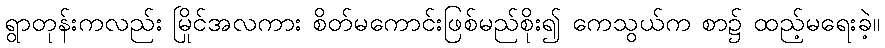
ရွာတုန်းကလည်း မြိုင်အလကား စိတ်မကောင်းဖြစ်မည်စိုး၍ ကေသွယ်က စာ၌ ထည့်မရေးခဲ့။